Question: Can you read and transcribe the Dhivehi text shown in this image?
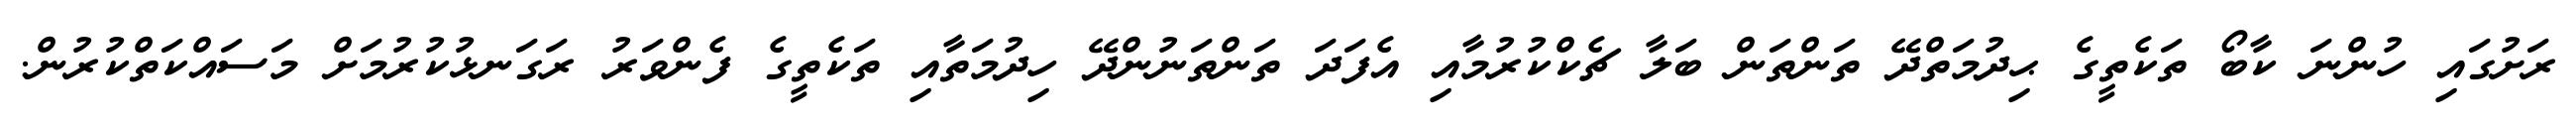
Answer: ރަށުގައި ހުންނަ ކާބޯ ތަކެތީގެ ޙިދުމަތްދޭ ތަންތަން ބަލާ ޗެކްކުރުމާއި އެފަދަ ތަންތަނުންދޭ ހިދުމަތާއި ތަކެތީގެ ފެންވަރު ރަގަނޅުކުރުމަށް މަސައްކަތްކުރުން.